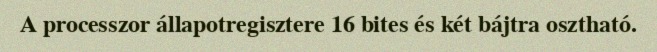
A processzor állapotregisztere 16 bites és két bájtra osztható.